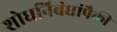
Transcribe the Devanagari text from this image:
शोधनिबंधांपैकी